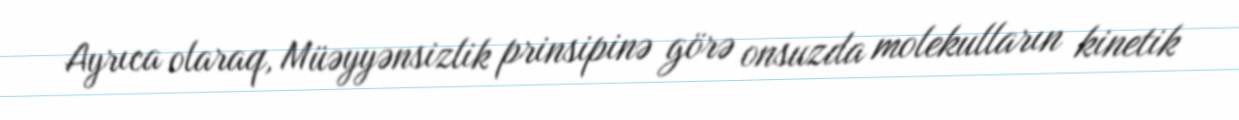
Ayrıca olaraq, Müəyyənsizlik prinsipinə görə onsuzda molekulların kinetik